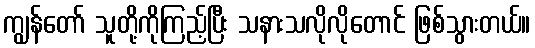
ကျွန်တော် သူတို့ကိုကြည့်ပြီး သနားသလိုလိုတောင် ဖြစ်သွားတယ်။